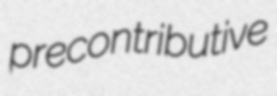
precontributive